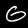
Label: 6